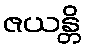
ဇယန္တိ